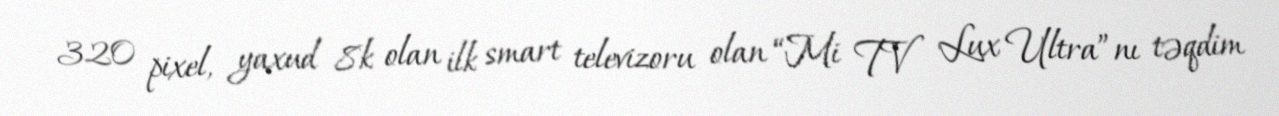
320 pixel, yaxud 8k olan ilk smart televizoru olan “Mi TV Lux Ultra”nı təqdim